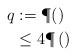
LaTeX: \begin{align*}q&:=\P()\\&\leq 4 \P\left( \right)\end{align*}